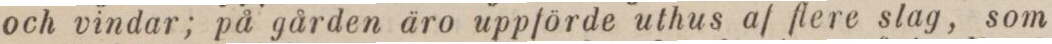
och vindar; på gården äro uppförde uthus af flere slag, som